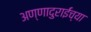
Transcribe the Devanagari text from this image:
अण्णादुराईंच्या